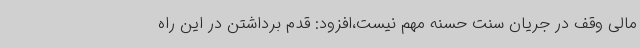
مالی وقف در جریان سنت حسنه مهم نیست،افزود: قدم برداشتن در این راه